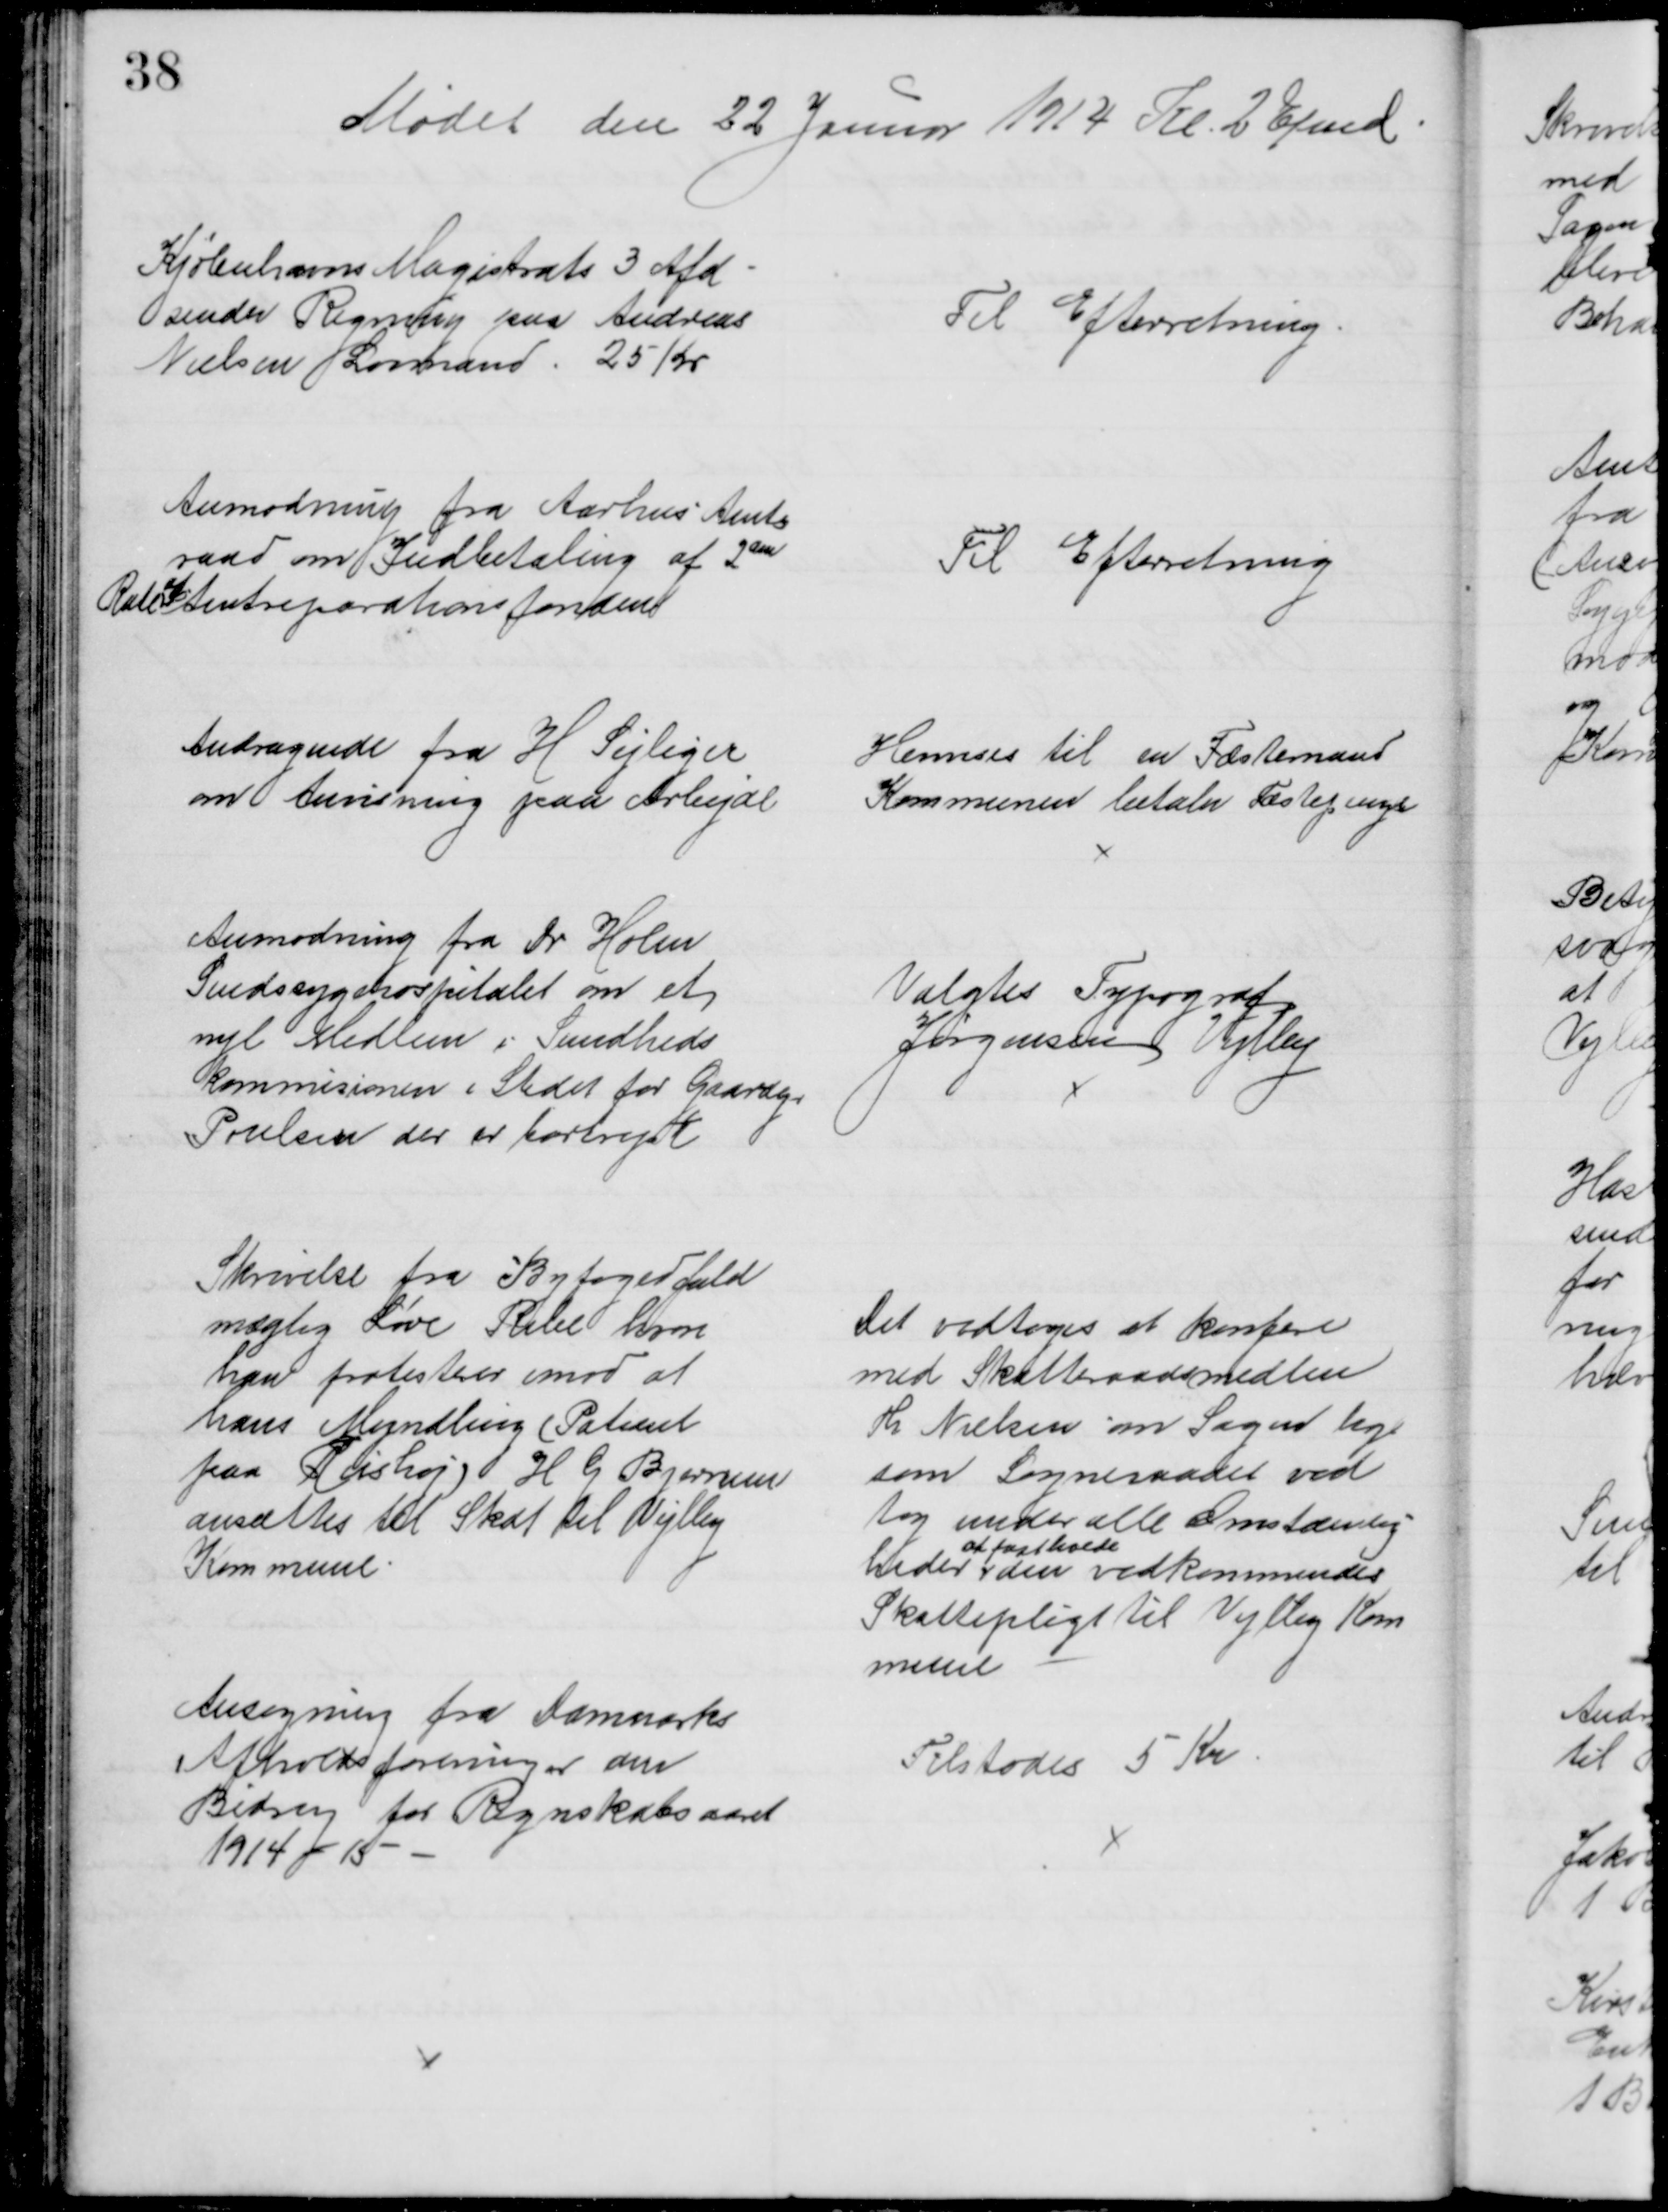
Transskription:
Mødet den 22 Januar 1914 Kl. 2 Efmd
Kjøbenhavns Magistrats 3 Afd
sender Regning paa Andreas
Nielsen Lovmand. 25 Kr
Til Efterretning
Anmodning fra Aarhus Amts
raad om Indbetaling af 2den
Rate
af
Amtreparationsfonden
Til Efterretning
Andragende fra H. Sejliger
om Anvisning paa Arbejde
Henvises til en Fæstemand
Kommunen betaler Fæstepenge
Anmodning fra Dr. Holm
Sindssygehospitalet om et
nyt Medlem i Sundheds
kommisionen i Stedet for Gaardejer
Poulsen der er bortrejst
Valgtes Typograf
Jørgensen Vejlby
Skrivelse fra Byfogedfuld
mægtig Løve Ribe hvor
han protesterer imod at
hans Myndling (Patient
paa Riishøj) H. G. Bjerrum
ansættes til Skat til Vejlby
Kommune.
Det vedtoges at konfere
med Skatteraadsmedlem
Hr. Nielsen om Sagen lige
som Sogneraadet ved
tog under alle Omstændig-
heder  
at fastholde
den vedkommendes 
Skattepligt til Vejlby Kom
mune
Ansøgning fra Danmarks
Afholdsforeninger om
Bidrag for Regnskabsaaret
1914 - 15 
Tilstodes 5 Kr